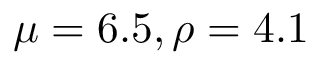
\mu = 6 . 5 , \rho = 4 . 1